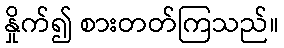
နှိုက်၍ စားတတ်ကြသည်။